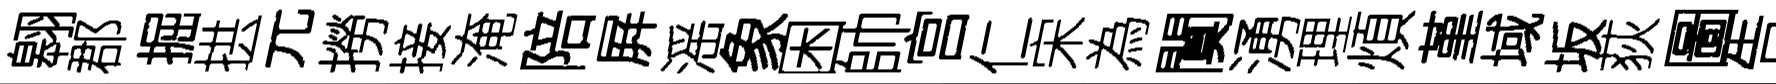
翱郡掘拱元撈接淹陪屛滛象困帥宫仁宋為闃湧理煩堇域坂荻圖告